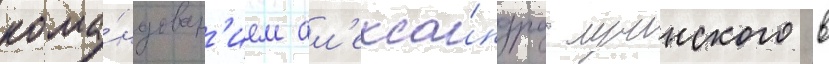
кома́ндован'ием ал'екса́ндра лучинского в